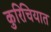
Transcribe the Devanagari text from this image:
कुरिचियात